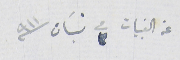
عن القبيات فى ٣ نيسَان  ٩١١